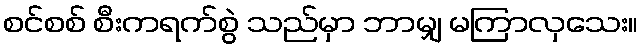
စင်စစ် စီးကရက်စွဲ သည်မှာ ဘာမျှ မကြာလှသေး။